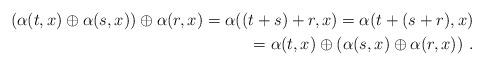
LaTeX: \begin{align*}\left( \alpha(t,x) \oplus \alpha(s,x) \right) \oplus \alpha(r,x) =\alpha( (t+s)+r,x)=\alpha( t+(s+r),x) \\=\alpha(t,x) \oplus \left( \alpha(s,x) \oplus \alpha(r,x)\right)\,.\end{align*}